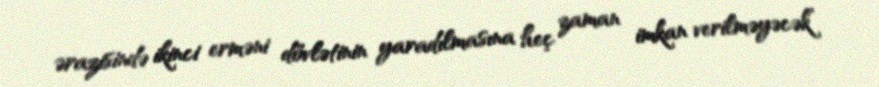
ərazisində ikinci erməni dövlətinin yaradılmasına heç zaman imkan verilməyəcək”